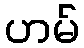
ဟမ်